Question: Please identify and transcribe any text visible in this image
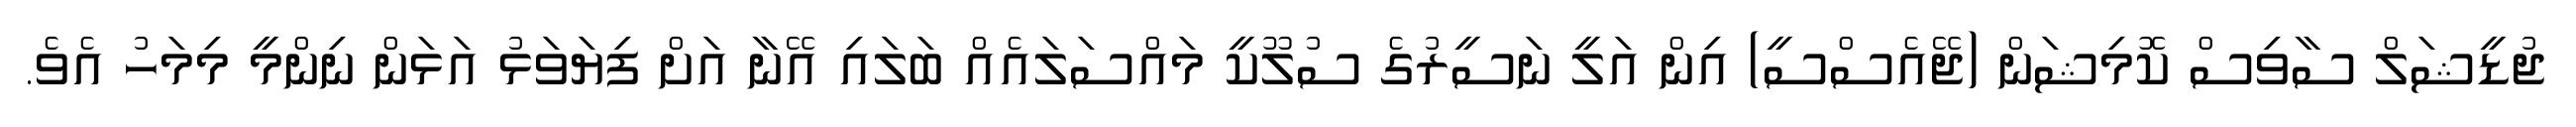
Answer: ޖުޑީޝަލް ސާވިސް ކޮމިޝަން (ޖޭއެސްސީ) އިން އަލީ ނަސީރުގެ ސުލޫކީ މައްސަލައެއް ބަލައި އޭނާ އަށް ފިޔަވަޅު އަޅަން ނިންމީ މިމަހު އެވެ.